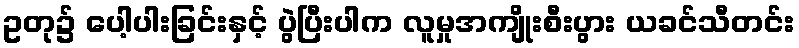
ဥတု၌ ပေါ့ပါးခြင်းနှင့် ပွဲပြီးပါက လူမှုအကျိုးစီးပွား ယခင်သီတင်း